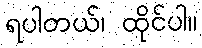
ရပါတယ်၊ ထိုင်ပါ။